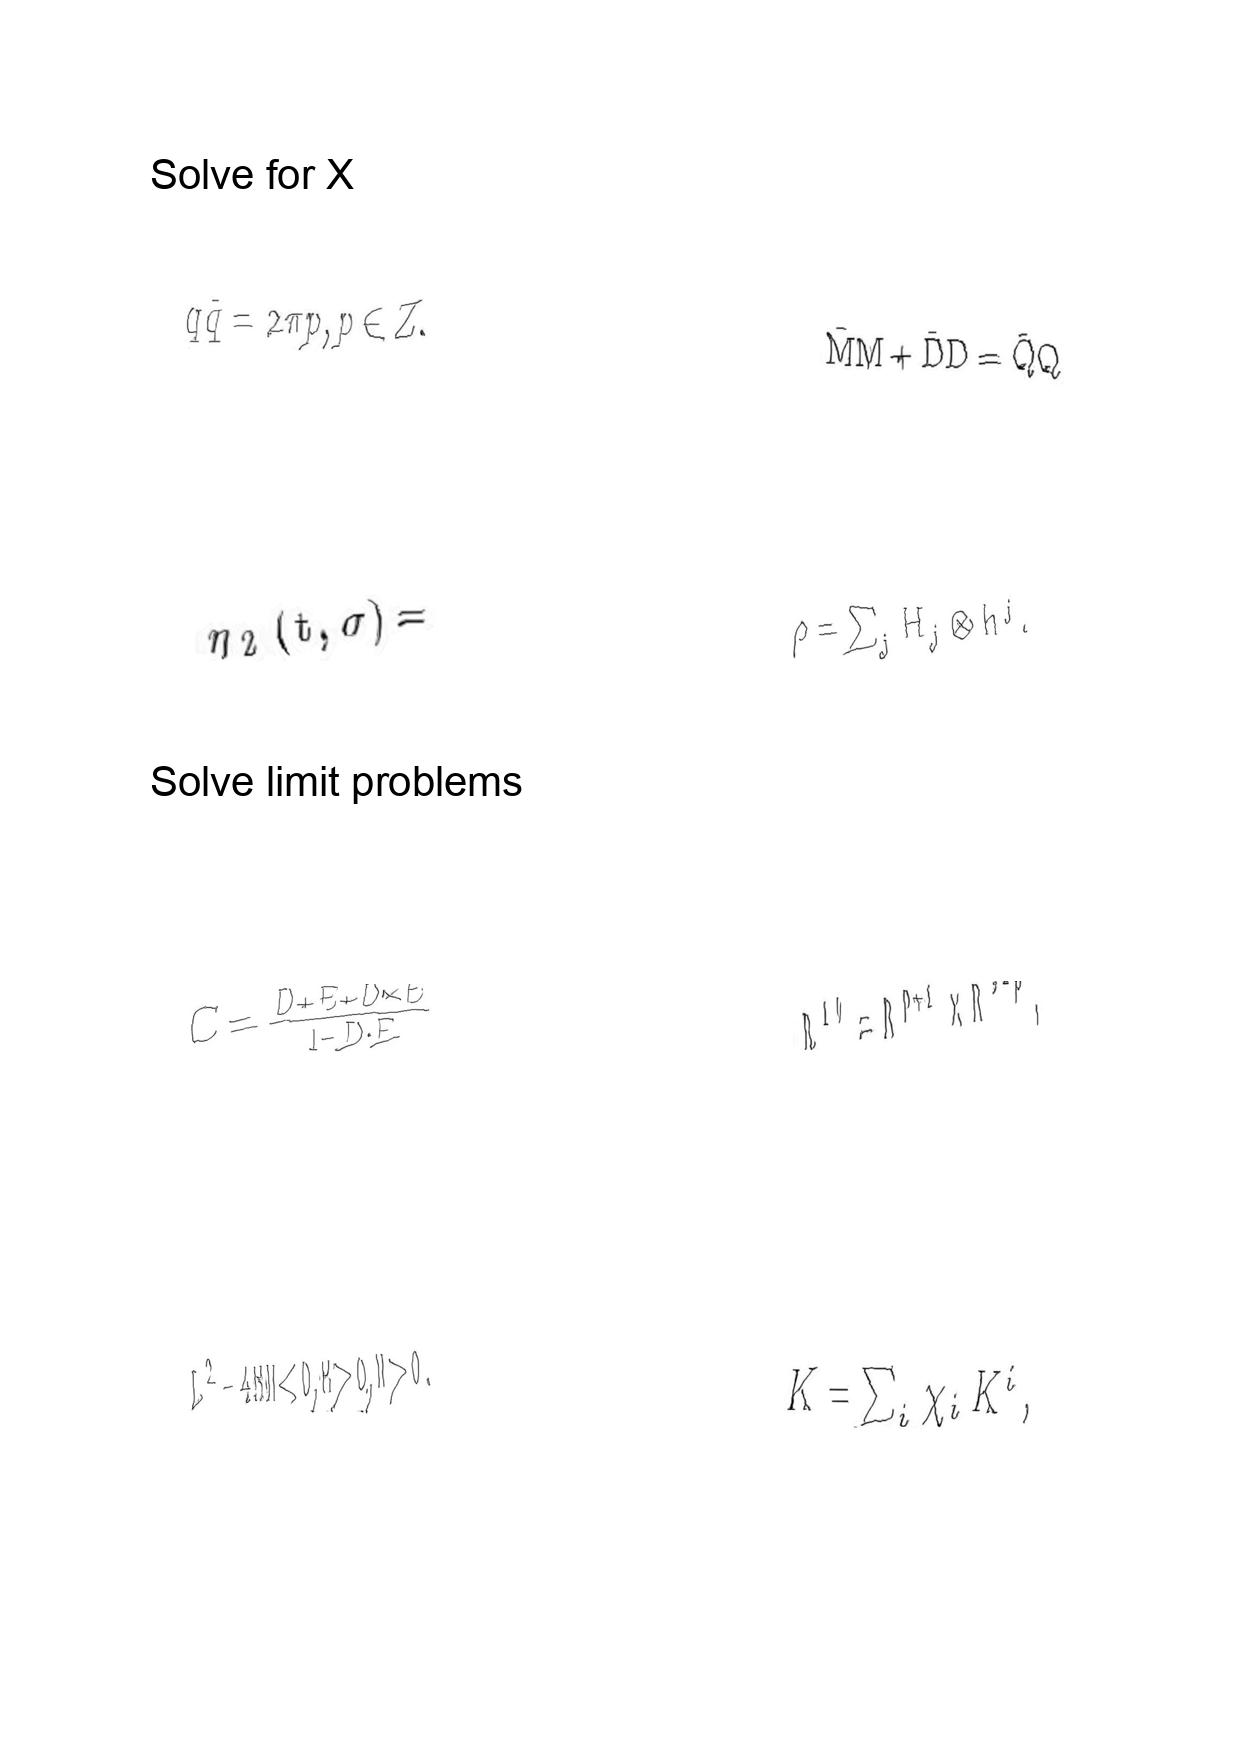
LaTeX transcription:
q \tilde { q } = 2 \pi p , p \in Z .
\eta _ { 2 } \lparen t , \sigma \rparen =
C = \frac { D + E + D \times E } { 1 - D \cdot E }
L ^ { 2 } - 4 M N \lt 0 , M \gt 0 , N \gt 0 .
\bar { M } M + \bar { D } D = \bar { Q } Q
\rho = \sum _ { j } H _ { j } \otimes h ^ { j } .
R ^ { 1 0 } = R ^ { p + 1 } \times R ^ { 9 - p } ,
K = \sum _ { i } \chi _ { i } K ^ { i } ,